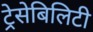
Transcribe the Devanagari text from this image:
ट्रेसेबिलिटी